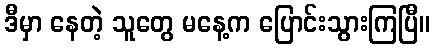
ဒီမှာ နေတဲ့ သူတွေ မနေ့က ပြောင်းသွားကြပြီ။